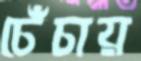
চেঁচায়